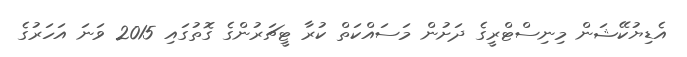
އެޑިޔުކޭޝަން މިނިސްޓްރީގެ ދަށުން މަސައްކަތް ކުރާ ޓީޗަރުންގެ ގޮތުގައި 2015 ވަނަ އަަހަރުގެ